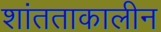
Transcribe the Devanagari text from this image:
शांतताकालीन